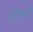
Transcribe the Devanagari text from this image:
बेल्क्लार्ड